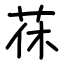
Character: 茠